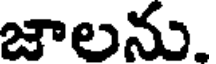
జాలను.